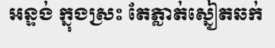
អន្ទង់ ក្នុងស្រះ តែភ្លាត់ស្នៀតឆក់